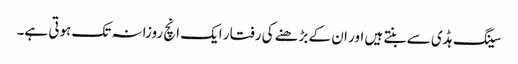
سینگ ہڈی سے بنتے ہیں اور ان کے بڑھنے کی رفتار ایک انچ روزانہ تک ہوتی ہے۔